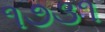
૧૭૩૧